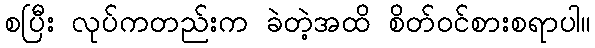
စပြီး လုပ်ကတည်းက ခဲတဲ့အထိ စိတ်ဝင်စားစရာပါ။